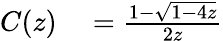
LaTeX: \begin{array}{rl}{C(z)}&{{}={\frac{1-{\sqrt{1-4z}}}{2z}}}\end{array}